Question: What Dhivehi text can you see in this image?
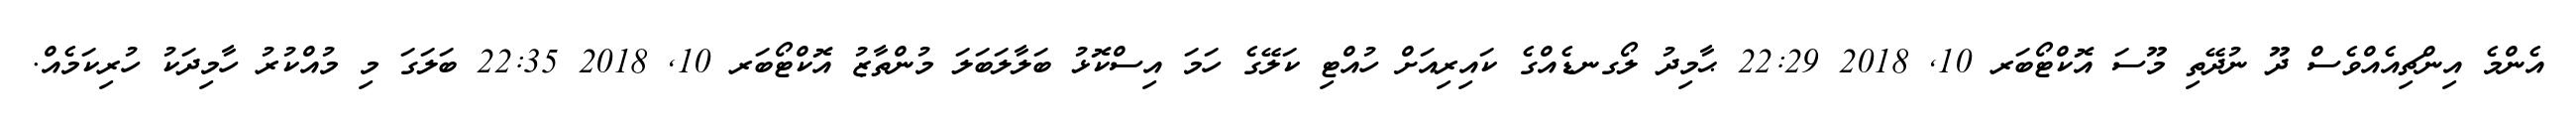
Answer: އެންމެ އިންޗިއެއްވެސް ދޫ ނުދޭތި މޫސަ އޮކްޓޯބަރ 10, 2018 22:29 ޙާމިދު ލޯގނޑެއްގެ ކައިރިއަށް ހުއްޓި ކަލޭގެ ހަމަ އިސްކޮޅު ބަލާލަބަލަ މުންތާޒު އޮކްޓޯބަރ 10, 2018 22:35 ބަލަގަ މި މުއްކުރު ހާމިދަކު ހުރިކަމެއް.